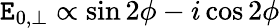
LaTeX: \mathtt{E}_{0,\perp}\propto\sin2\phi-i\cos2\phi